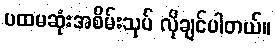
ပထမဆုံးအစိမ်းသုပ် လိုချင်ပါတယ်။